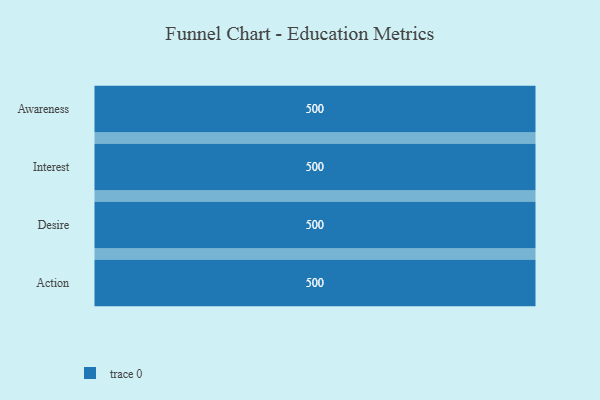
{"axis": {"x": "Stage", "y": "Value"}, "legend": [""], "data": [{"x": "Awareness", "y": 500, "type": ""}, {"x": "Interest", "y": 500, "type": ""}, {"x": "Desire", "y": 500, "type": ""}, {"x": "Action", "y": 500, "type": ""}]}